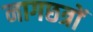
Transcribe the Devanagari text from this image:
नागछत्रों